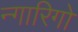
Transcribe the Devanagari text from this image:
न्गारिगो